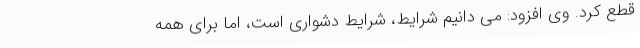
قطع کرد. وی افزود: می دانیم شرایط، شرایط دشواری است، اما برای همه